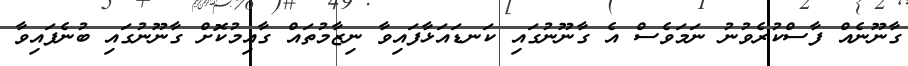
ގާނޫނެއް ފާސްކުރެވުނު ނަމަވެސް އެ ގާނޫނުގައި ކަނޑައަޅާފައިވާ ނިޒާމުތައް ގާއިމުކޮށް ގާނޫނުގައި ބުނެފައިވާ